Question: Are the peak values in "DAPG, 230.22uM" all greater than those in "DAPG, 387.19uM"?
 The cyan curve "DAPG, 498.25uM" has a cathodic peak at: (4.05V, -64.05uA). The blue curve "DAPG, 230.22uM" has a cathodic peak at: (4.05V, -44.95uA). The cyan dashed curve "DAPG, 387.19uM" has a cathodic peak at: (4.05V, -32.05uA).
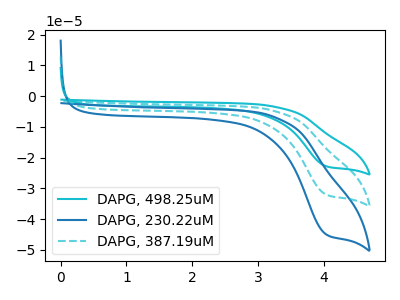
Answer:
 <answer>Every peak in "DAPG, 230.22uM" is higher than every peak in "DAPG, 387.19uM".</answer>
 <eval>higher</eval>